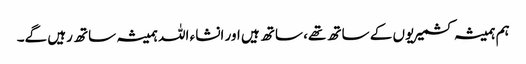
ہم ہمیشہ کشمیریوں کے ساتھ تھے، ساتھ ہیں اور انشاء اللہ ہمیشہ ساتھ رہیں گے۔